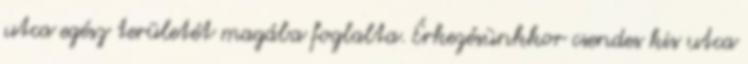
utca egész területét magába foglalta. Érkezésünkkor csendes kis utca